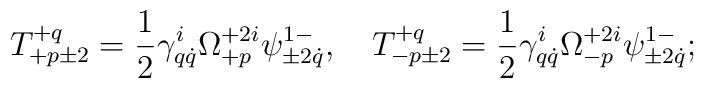
T^{+q}_{+p\pm2}=\frac12\gamma^i_{q\dot q}\Omega^{+2i}_{+p}\psi^{1-}_{\pm2\dot q},\quad  T^{+q}_{-p\pm2}=\frac12\gamma^i_{q\dot q}\Omega^{+2i}_{-p}\psi^{1-}_{\pm2\dot q};